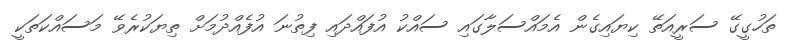
ތަހުގީގޭ ސަރީއަތޭ ކިޔައިގެން އެމައްސަލާގައި ސައްކު އުފައްދައި ފިތުނަ އުފެއްދުމަށް ތިޔަކުރެވޭ މަސައްކަތަކީ